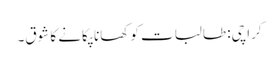
کراچی: طالبات کو کھانا پکانے کا شوق۔